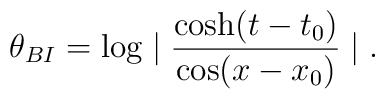
\theta_{BI}= \log \mid \frac{\cosh(t-t_0)}{\cos (x-x_0)} \mid.